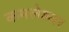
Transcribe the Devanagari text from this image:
कमलेश्‍वर